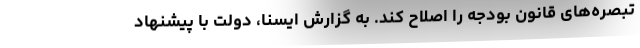
تبصره‌های قانون بودجه را اصلاح کند. به گزارش ایسنا، دولت با پیشنهاد